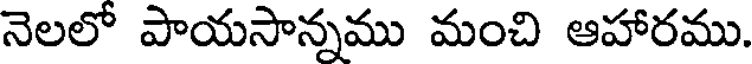
నెలలో పాయసాన్నము మంచి ఆహారము.